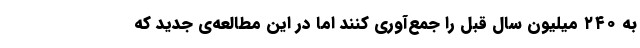
به ۲۴۰ میلیون سال قبل را جمع‌آوری کنند اما در این مطالعه‌ی جدید که